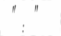
: